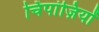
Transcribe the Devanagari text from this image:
चिंपांज़ियों